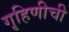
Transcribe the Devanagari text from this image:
गृहिणीची